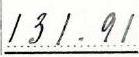
131.91